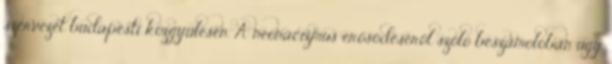
szervezet budapesti közgyűlésén. A neonácizmus erősödéséről szóló beszámolóban úgy